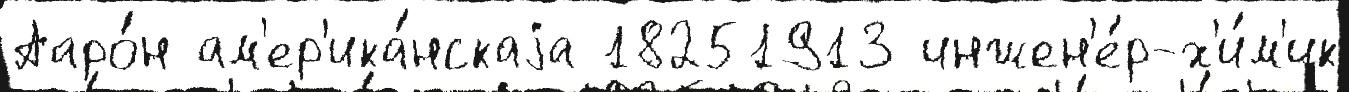
Ааро́н ам'ер'ика́нскаjа 18251913 инжен'е́р-х'и́м'ик